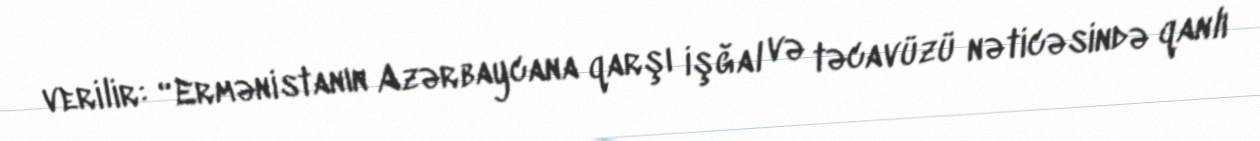
verilir: “Ermənistanın Azərbaycana qarşı işğal və təcavüzü nəticəsində qanlı